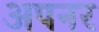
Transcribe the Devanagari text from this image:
अपनर